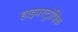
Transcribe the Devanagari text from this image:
हाइपरट्रोपिक